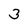
Character: 3